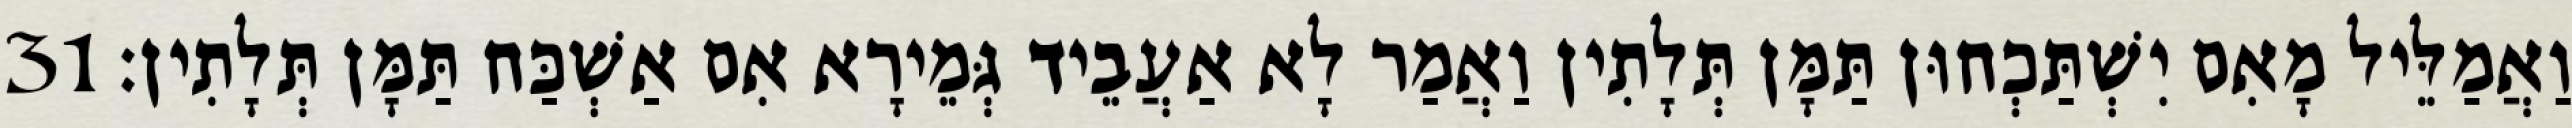
וַאֲמַלֵּיל מָאִם יִשְׁתַּכְחוּן תַּמָּן תְּלָתִין וַאֲמַר לָא אַעֲבֵיד גְּמֵירָא אִם אַשְׁכַּח תַּמָּן תְּלָתִין׃ 31